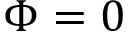
\Phi = 0